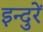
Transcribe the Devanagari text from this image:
इन्दुरें